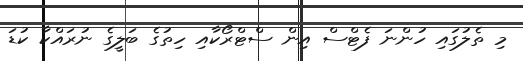
މި ތެލުގައި ހުންނަ ފެޓްސް އިން ސްޓްރޯކާއި ހިތުގެ ބަލީގެ ނުރައްކާ ކުޑަ